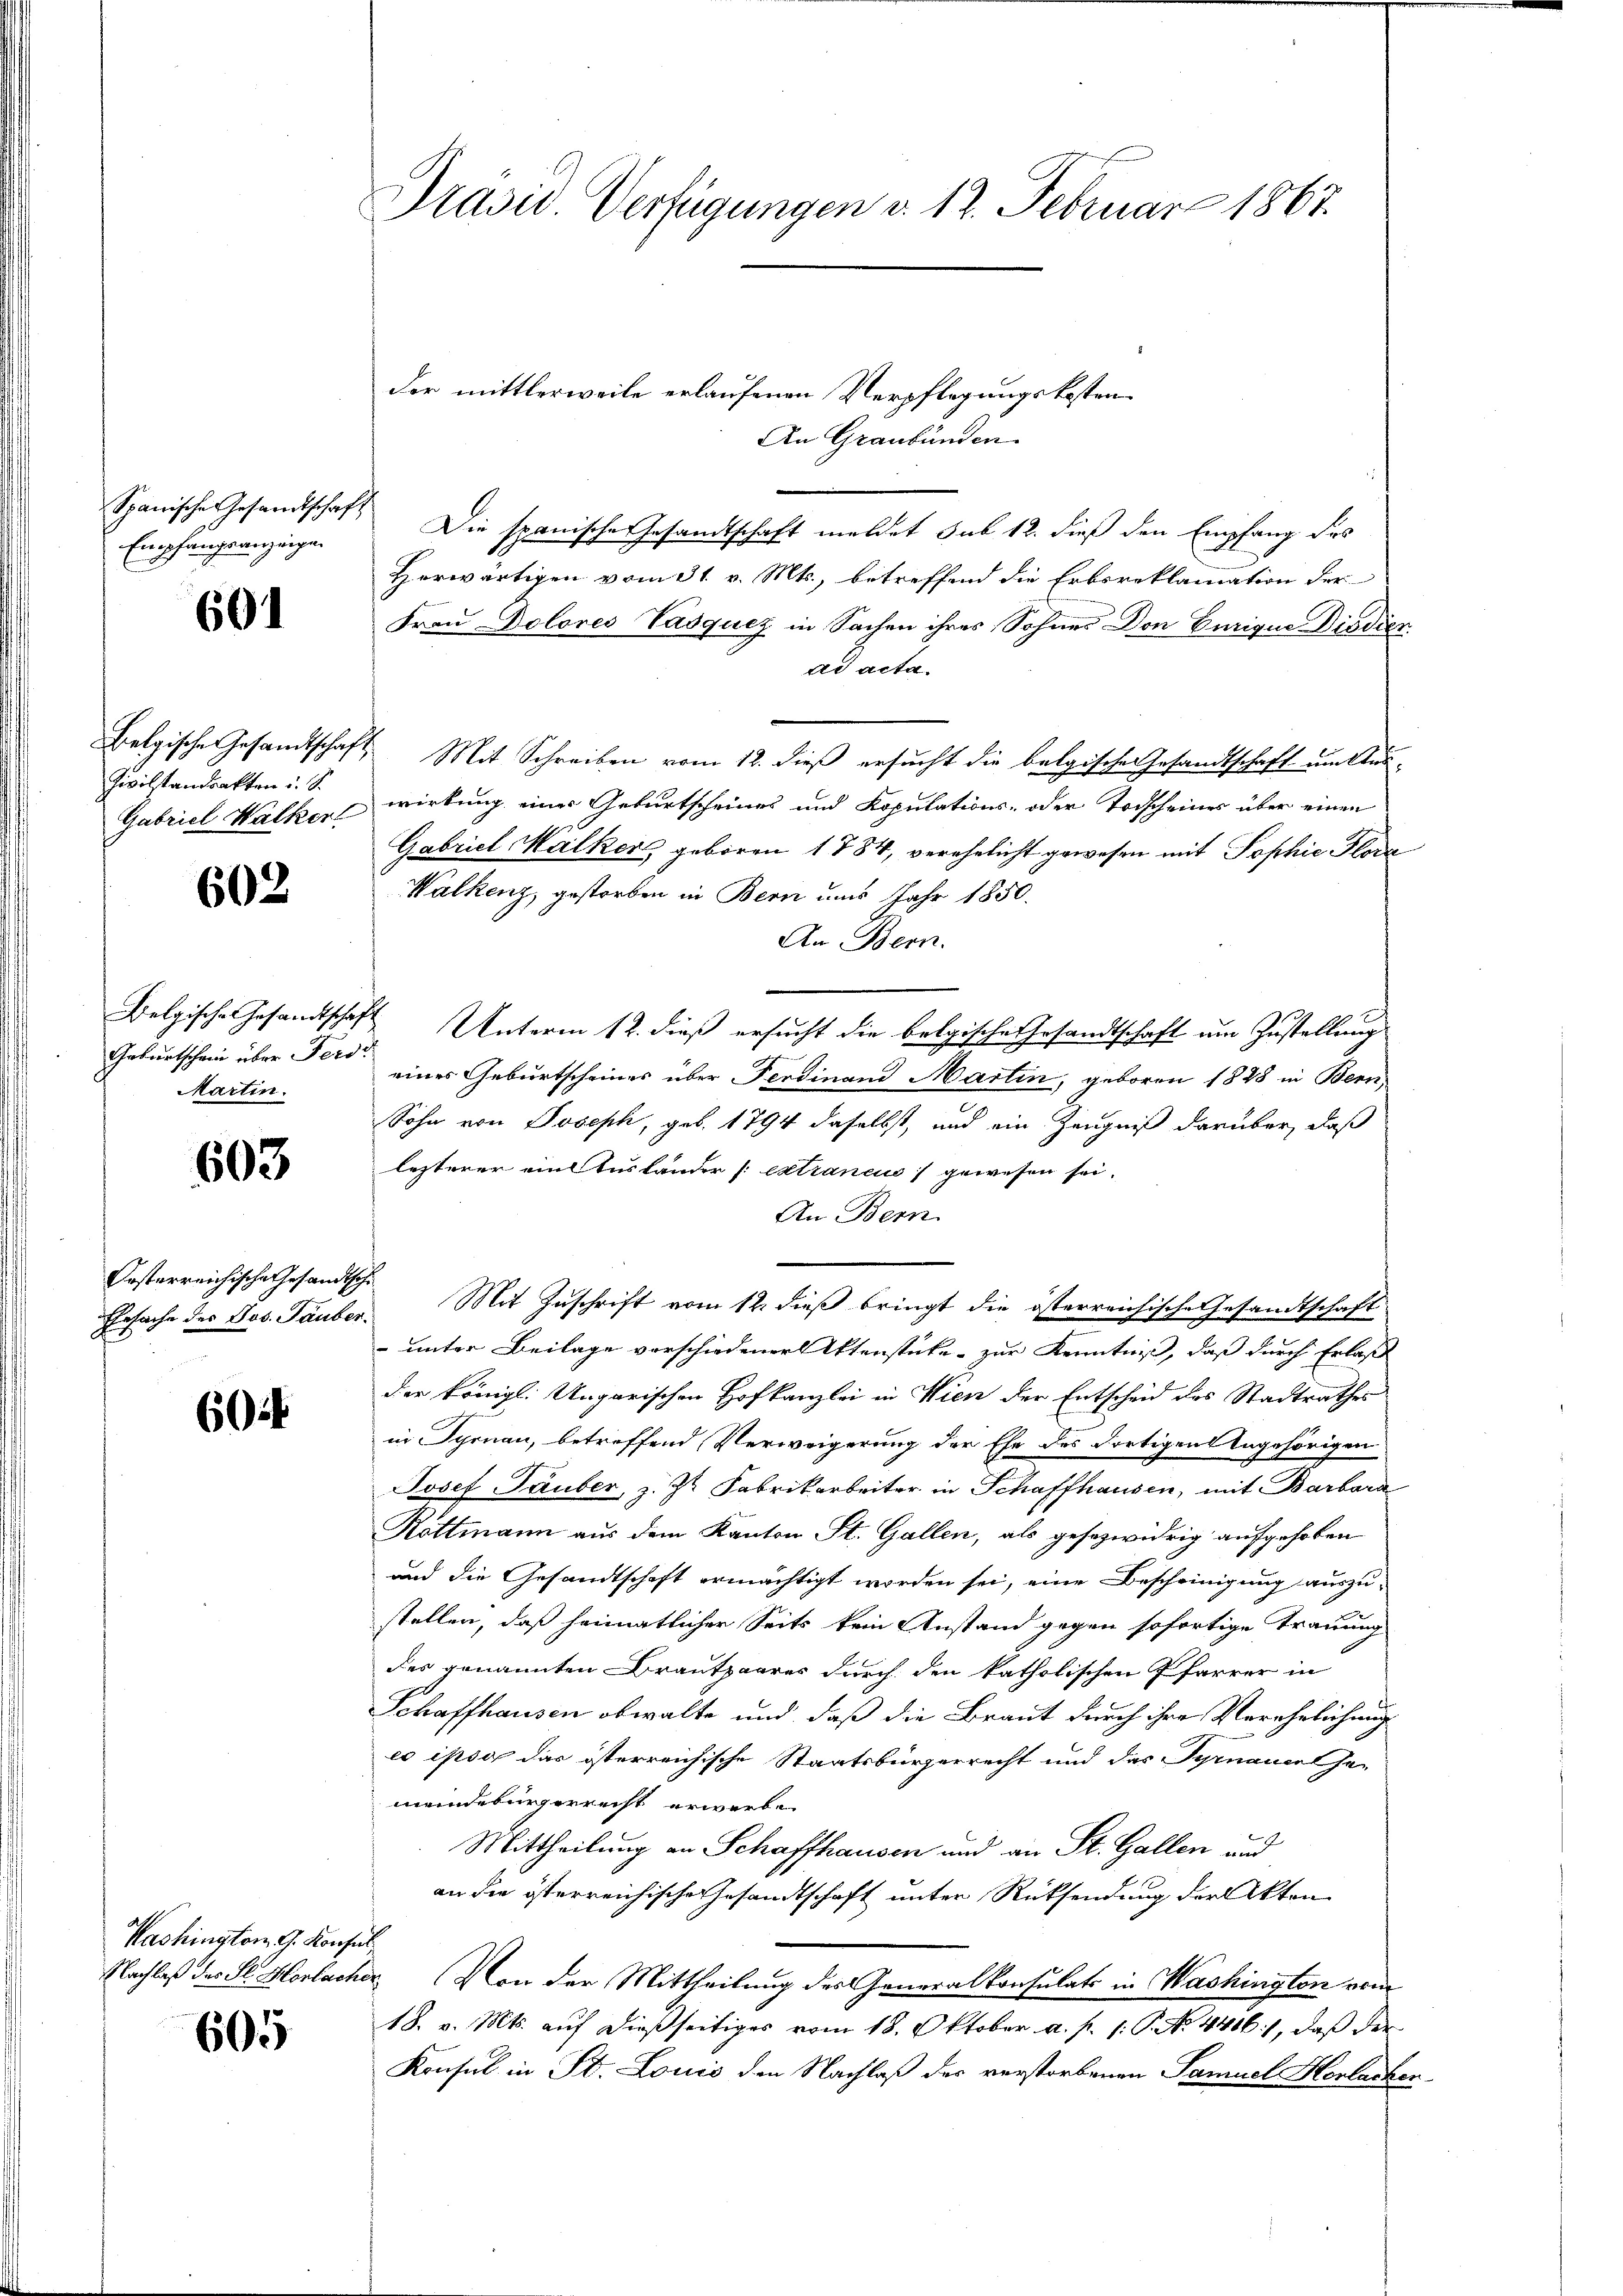
Empfangsanzeige.

691

Zivilstandrakten u. S.
Gabriel Walker

602

Geburtschein über Ferdi
Martin.

603

Orsterreichische Gesandtsche
Ehrsache des Jos. Tauber.

60 f

Washington G. Konsul

605

Präsid. Verfügungen v. 12. Februar 1867.

der mittlerweile erlaufenen Verpflegungskosten
An Graubünden
Spanische Gesandtschaft Die spanische Gesandtschaft meldet sub 12. dieß den Empfang des
Herwärtigen vom 31. v. Mts., betreffend die Erbsreklamation der
Frau Dolores Vasquiz in Sachen ihres Sohnes Don Eurique Diödier
ad acta.
Belgische Gesandtschaft Mit Schreiben vom 12. dieß ersucht die belgische Gesandtschaft um Auswirkung eines Geburtscheines und Kopulations- oder Todscheines über einen
Gabriel Kalkers geboren 1784, verehelicht gewesen mit Sophie Flora
Walkenz, gestorben in Bern uns Jahr 1850.
An Bern.
Belgische Gesandtschaft Unterm 12. dieß ersucht die belgische Gesandtschaft um Zustellung
eines Geburtscheines über Ferdinand Martin, geboren 1848 in Bern
Sohn von Joseph, geb. 1794 daselbst, und ein Zeugniß darüber, daß
lezterer ein Ausländer extraneus gewesen sei.
An Bern.
Mit Zuschrift vom 12. dieß bringt die österreichische Gesandtschaft
 unter Beilage verschiedener Aktenstücke zur Kenntniß, daß durch Erlaß
der königl. Ungarischen Hofkanzlei in Wien der Entscheid des Stadtrathes
in Syrnau, betreffend Verweigerung der Ehe des dortigens Ungehörigen
Josef Täuber, z. Z. Fabrikarbeiter in Schaffhausen, mit Barbara
Rottmann aus dem Kanton St. Gallen, als gesezwidrig aufgehoben
und die Gesandtschaft ermächtigt worden sei, eine Bescheinigung auszustellen, daß heimatlicher Seits kein Anstand gegen sofortige Trauung
des genannten Brautpaarer durch den katholischen Pfarrer in
Schaffhausen obwalte und daß die Braut durch ihre Verehelichung
eo ipso das österreichische Staatsbürgerrecht und das Synancel her
meindebürgerrecht erwerbe
Mittheilung an Schaffhausen und an St. Gallen und
an die österreichische Gesandtschaft unter Rücksendung der Akten
Nachlaß des St. Horbacher Von der Mittheilung des eneralkonsulats in Washington von
18. v. Mts. auf dießseitiges vom 18. Oktober a. p. 1. P. No. 4416), daß der
Konsul in St. Louis den Nachlaß der verstorbenen Samuel Herlacker